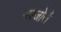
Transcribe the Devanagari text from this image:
मरजोरी